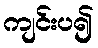
ကျင်းပ၍